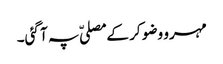
مہرو وضو کر کے مصلیّ پہ آ گئی۔